DOW-UAP-D3, Mission Report, Arabian Gulf, 2020
Agency: Department of War
Page 3
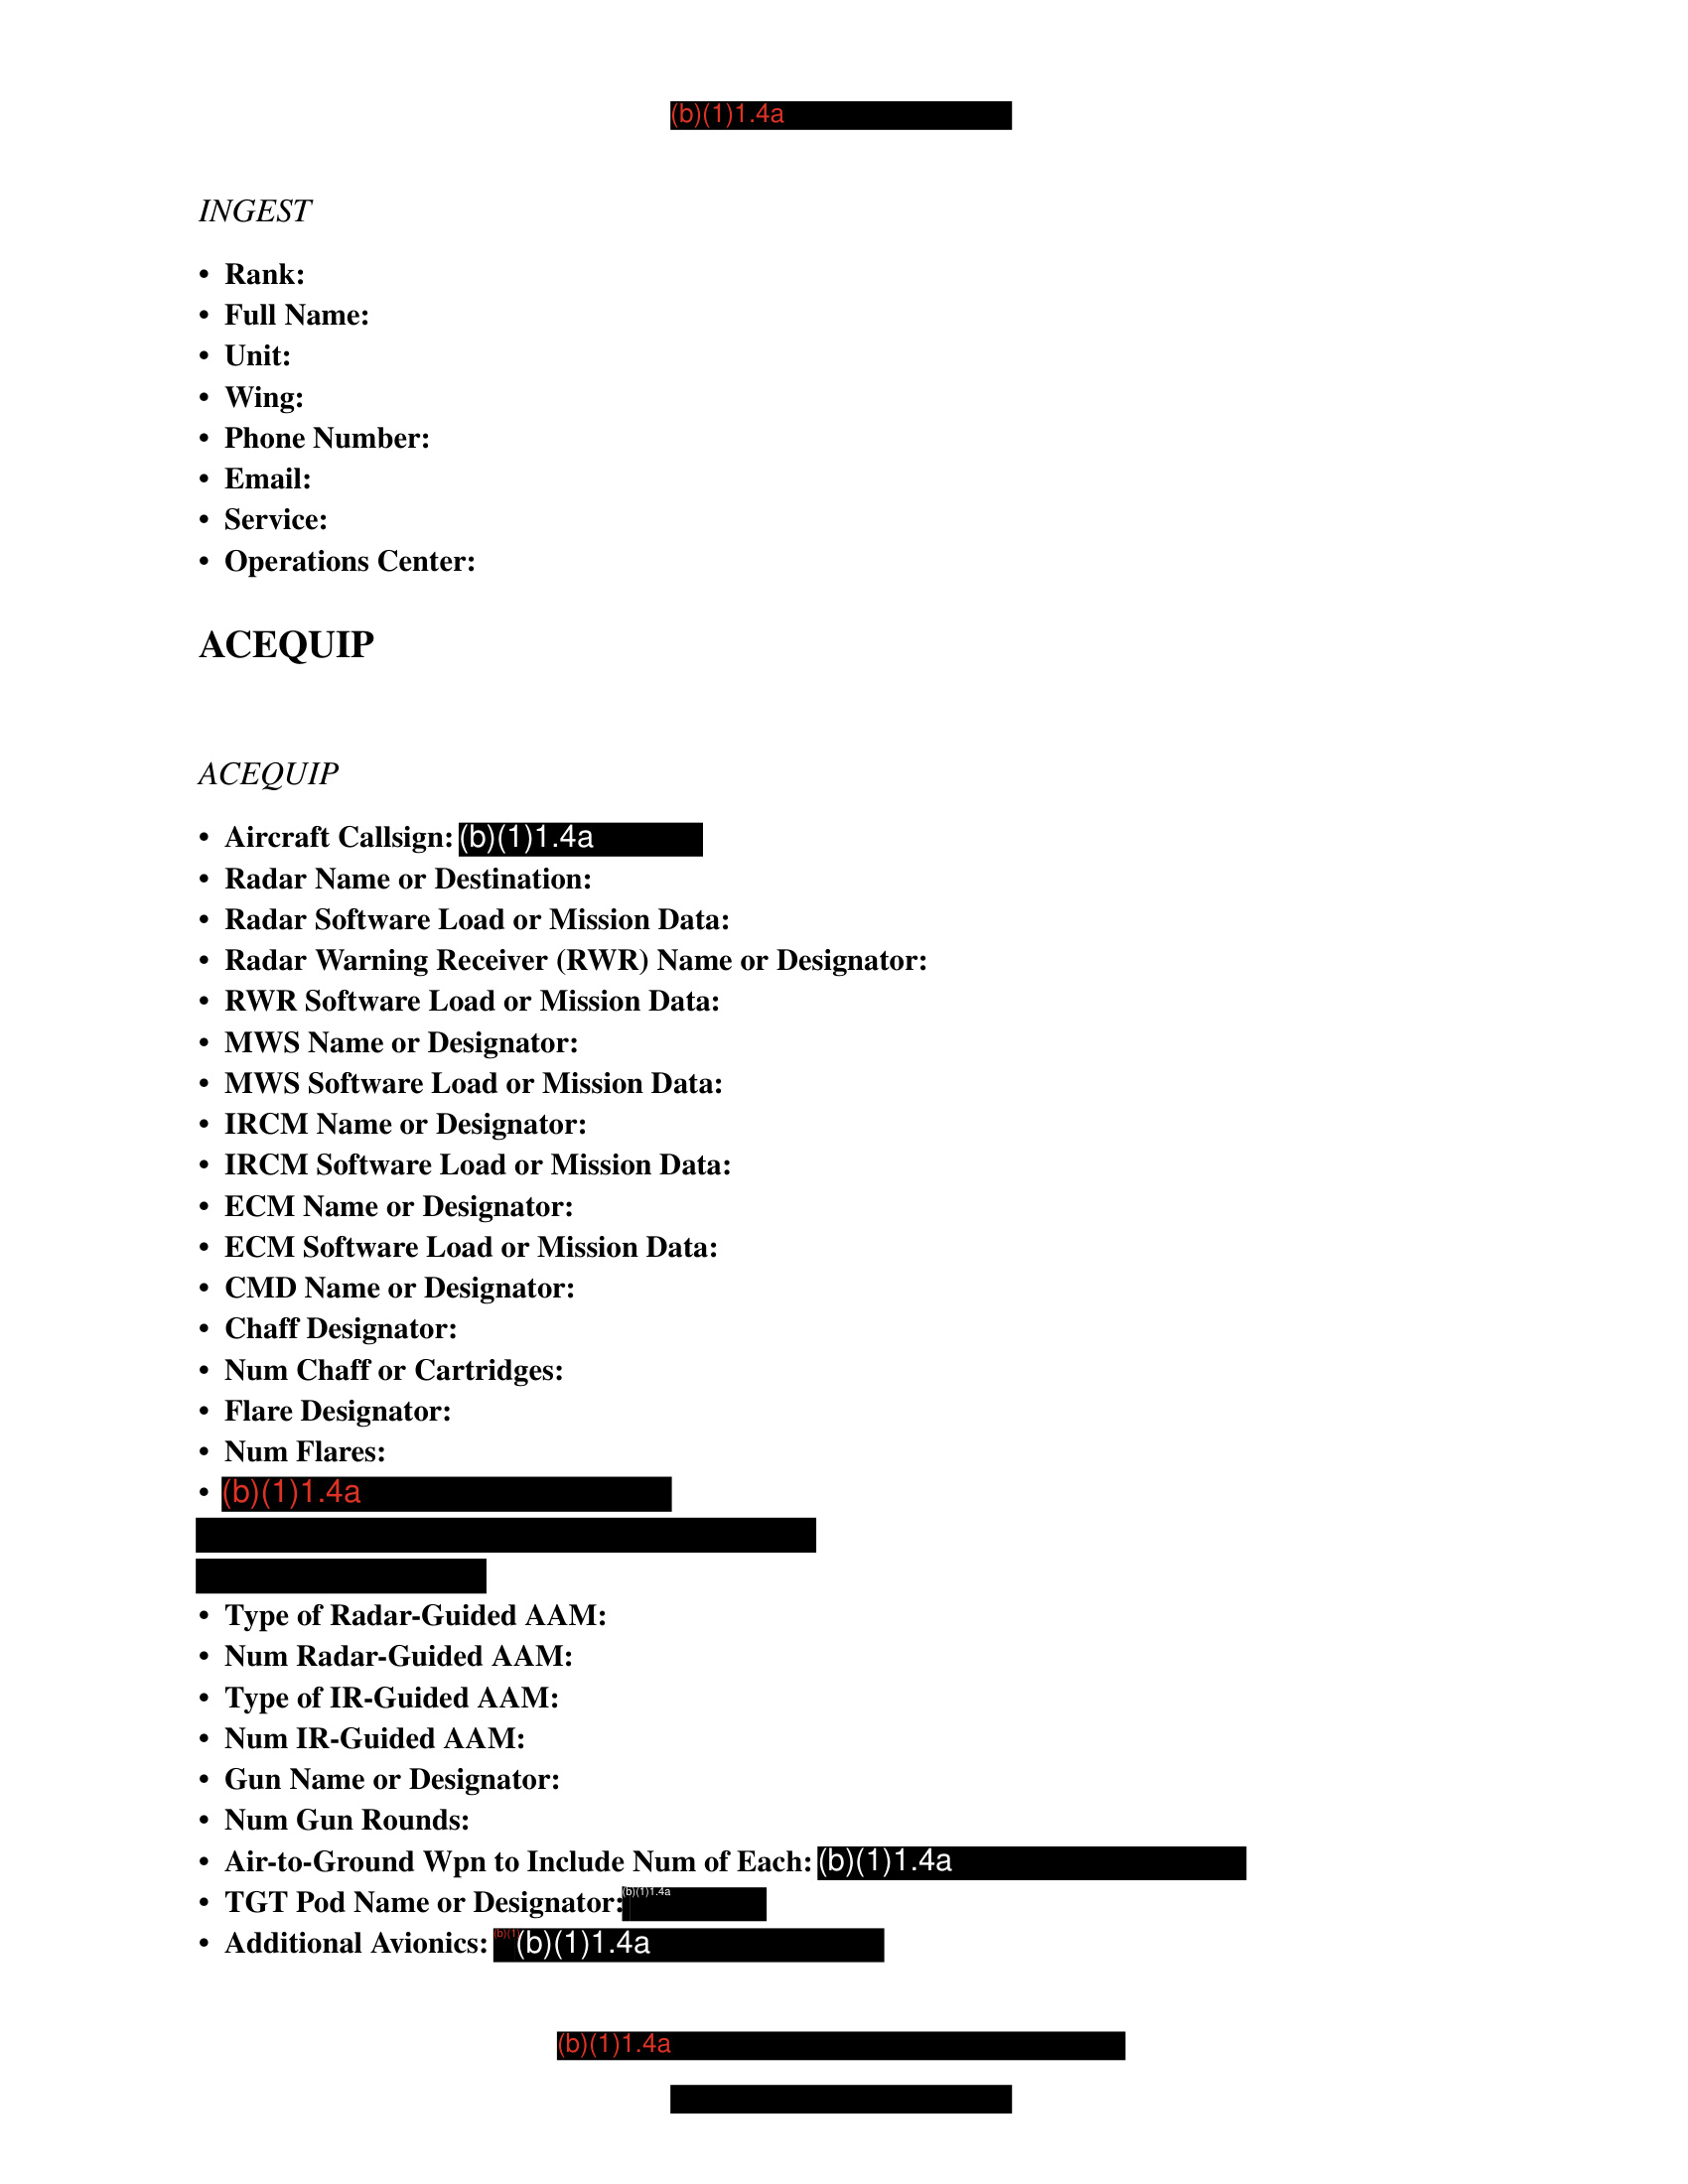